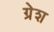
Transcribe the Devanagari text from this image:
ग्रेश